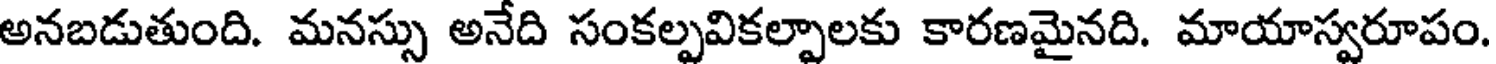
అనబడుతుంది. మనస్సు అనేది సంకల్పవికల్పాలకు కారణమైనది. మాయాస్వరూపం